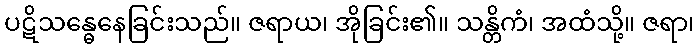
ပဋိသန္ဓေနေခြင်းသည်။ ဇရာယ၊ အိုခြင်း၏။ သန္တိကံ၊ အထံသို့။ ဇရာ၊